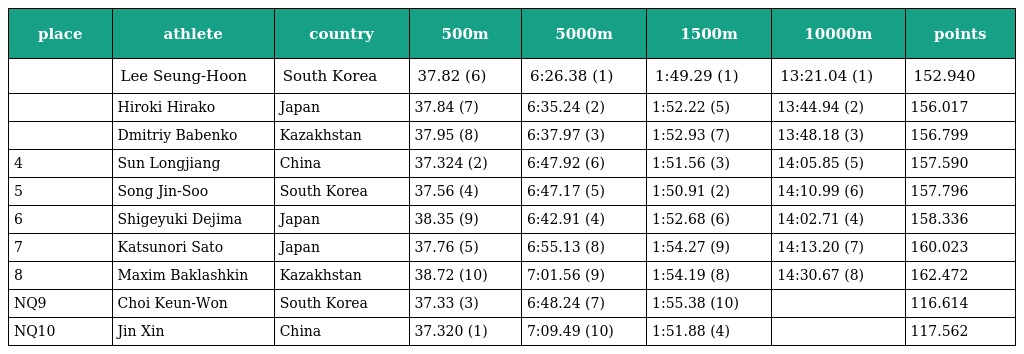
| place | athlete | country | 500m | 5000m | 1500m | 10000m | points |
 | --- | --- | --- | --- | --- | --- | --- | --- |
 |  | Lee Seung-Hoon | South Korea | 37.82 (6) | 6:26.38 (1) | 1:49.29 (1) | 13:21.04 (1) | 152.940 |
 |  | Hiroki Hirako | Japan | 37.84 (7) | 6:35.24 (2) | 1:52.22 (5) | 13:44.94 (2) | 156.017 |
 |  | Dmitriy Babenko | Kazakhstan | 37.95 (8) | 6:37.97 (3) | 1:52.93 (7) | 13:48.18 (3) | 156.799 |
 | 4 | Sun Longjiang | China | 37.324 (2) | 6:47.92 (6) | 1:51.56 (3) | 14:05.85 (5) | 157.590 |
 | 5 | Song Jin-Soo | South Korea | 37.56 (4) | 6:47.17 (5) | 1:50.91 (2) | 14:10.99 (6) | 157.796 |
 | 6 | Shigeyuki Dejima | Japan | 38.35 (9) | 6:42.91 (4) | 1:52.68 (6) | 14:02.71 (4) | 158.336 |
 | 7 | Katsunori Sato | Japan | 37.76 (5) | 6:55.13 (8) | 1:54.27 (9) | 14:13.20 (7) | 160.023 |
 | 8 | Maxim Baklashkin | Kazakhstan | 38.72 (10) | 7:01.56 (9) | 1:54.19 (8) | 14:30.67 (8) | 162.472 |
 | NQ9 | Choi Keun-Won | South Korea | 37.33 (3) | 6:48.24 (7) | 1:55.38 (10) |  | 116.614 |
 | NQ10 | Jin Xin | China | 37.320 (1) | 7:09.49 (10) | 1:51.88 (4) |  | 117.562 |